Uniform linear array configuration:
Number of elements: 48
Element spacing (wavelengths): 0.75
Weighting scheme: uniform
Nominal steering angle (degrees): -45
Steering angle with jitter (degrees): -45.193
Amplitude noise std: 0.05
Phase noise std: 0.05

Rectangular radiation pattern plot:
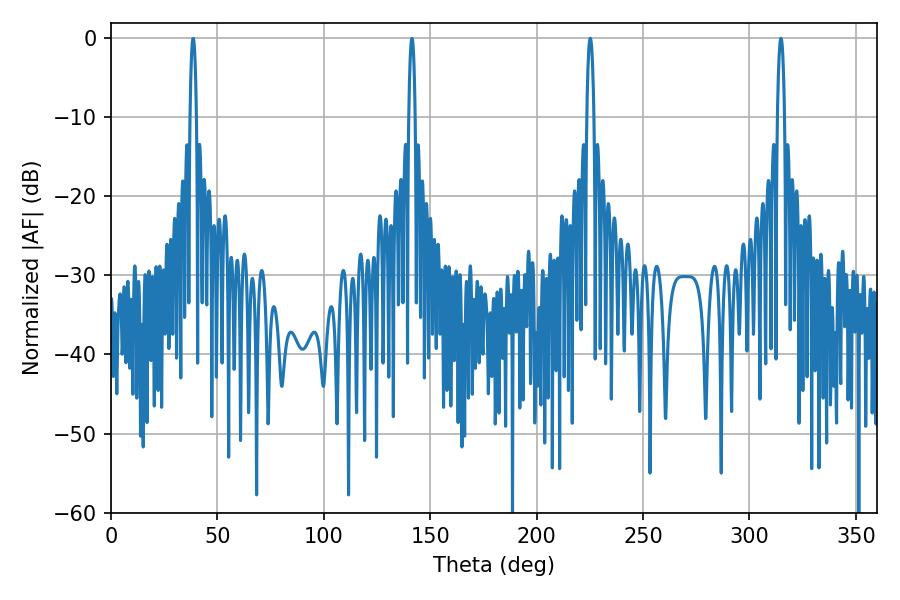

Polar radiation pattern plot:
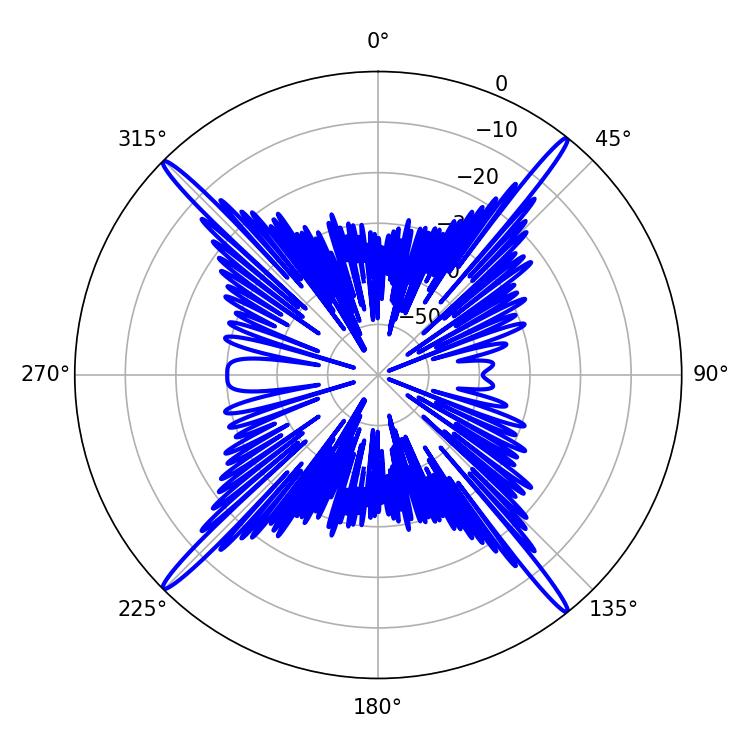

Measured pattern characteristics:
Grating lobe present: TRUE
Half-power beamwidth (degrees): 1.8
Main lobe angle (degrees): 225.18